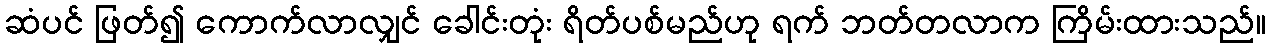
ဆံပင် ဖြတ်၍ ကောက်လာလျှင် ခေါင်းတုံး ရိတ်ပစ်မည်ဟု ရက် ဘတ်တလာက ကြိမ်းထားသည်။